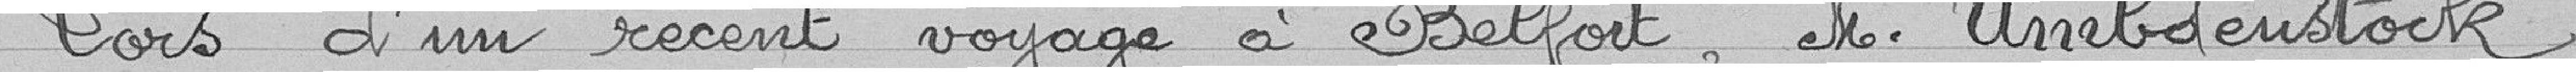
Lors d'un récent voyage à Belfort, Monsieur Umbdenstock,